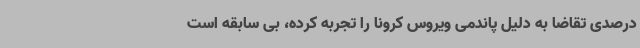
درصدی تقاضا به دلیل پاندمی ویروس کرونا را تجربه کرده، بی سابقه است